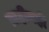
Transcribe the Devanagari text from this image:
ग्राहीनहीं